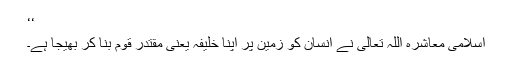
‘‘
اسلامی معاشرہ اللہ تعالیٰ نے انسان کو زمین پر اپنا خلیفہ یعنی مقتدر قوم بنا کر بھیجا ہے۔